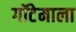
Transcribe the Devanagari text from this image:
गॉटेमाला